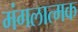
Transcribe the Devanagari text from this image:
मंगलात्मक